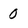
Character: 0